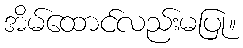
အိမ်ထောင်လည်းမပြု။